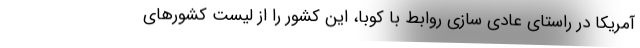
آمریکا در راستای عادی سازی روابط با کوبا، این کشور را از لیست کشورهای